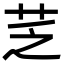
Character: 䒦